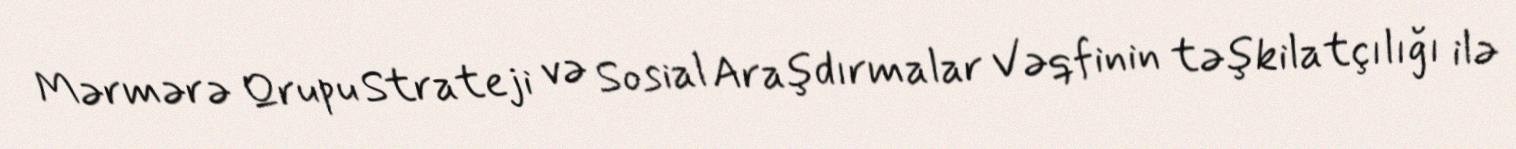
Mərmərə Qrupu Strateji və Sosial Araşdırmalar Vəqfinin təşkilatçılığı ilə